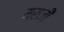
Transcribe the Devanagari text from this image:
मराज़ी